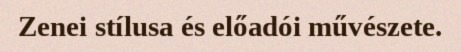
Zenei stílusa és előadói művészete.